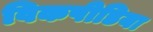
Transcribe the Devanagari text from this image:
विकपीडिया